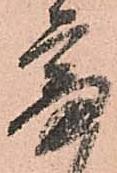
審